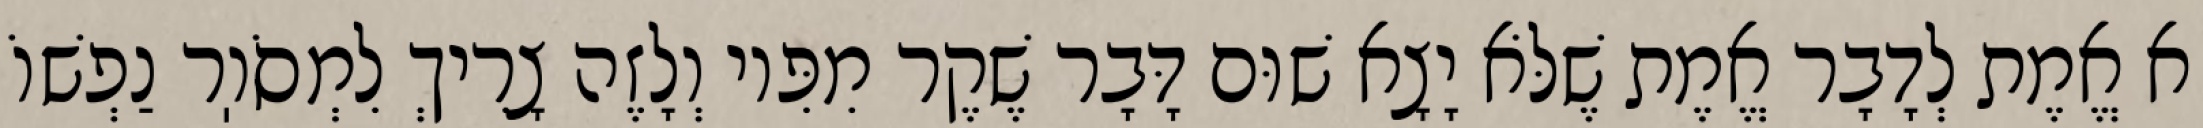
א אֱמֶת לְדָבָר אֱמֶת שֶׁלֹּא יָצָא שׁוּם דָּבָר שֶׁקֶר מִפִּיו וְלָזֶה צָרִיךְ לִמְסֹוֽר נַפְשׁוֹ